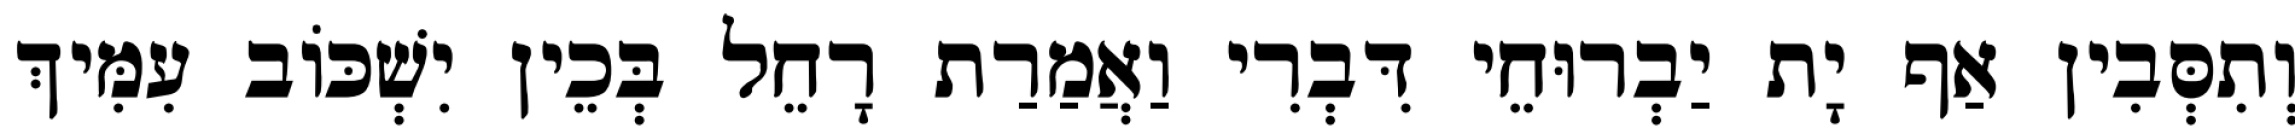
וְתִסְּבִין אַף יָת יַבְרוּחֵי דִּבְרִי וַאֲמַרַת רָחֵל בְּכֵין יִשְׁכּוֹב עִמִּיךְ